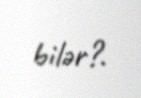
bilər?.